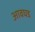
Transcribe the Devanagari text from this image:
आवघड